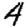
Digit: 4